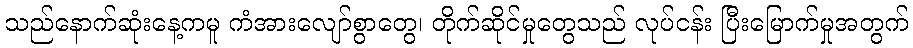
သည်နောက်ဆုံးနေ့ကမူ ကံအားလျော်စွာတွေ၊ တိုက်ဆိုင်မှုတွေသည် လုပ်ငန်း ပြီးမြောက်မှုအတွက်